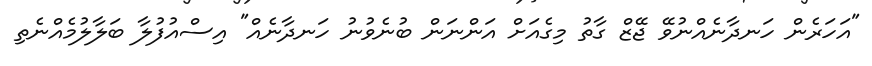
"އަހަރެން ހަނދާނެއްނުވޭ ޖޭޒް ގާތު މިގެއަށް އަންނަން ބުނެވުނު ހަނދާނެއް" އިސްއުފުލާ ބަލާލުމެއްނެތި